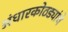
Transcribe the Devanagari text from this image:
अंधारकोठड्यांचे